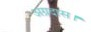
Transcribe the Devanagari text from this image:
अग्रदास।